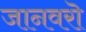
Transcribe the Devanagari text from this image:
जानवरॊ